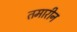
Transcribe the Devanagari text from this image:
तमारीन